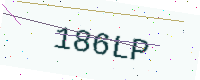
Text: 186LP